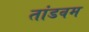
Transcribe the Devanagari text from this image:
तांडवम